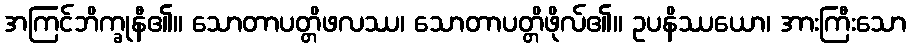
အကြင်ဘိက္ခုနီ၏။ သောတာပတ္တိဖလဿ၊ သောတာပတ္တိဖိုလ်၏။ ဥပနိဿယော၊ အားကြီးသော